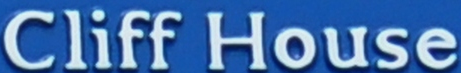
Cliff House